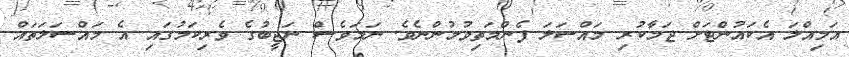
އަމިއްލަ އެކައުންޓަށް ޖަމާކުރި މައްސަލަ ފެންމަތިވުމުންނެވެ. ނަމަވެސް ނަޖީބުގެ ވެރިކަމުގައި އެ މައްސަލަތައް